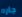
جاره